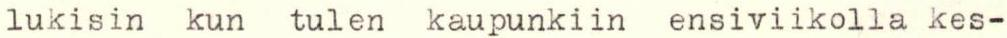
lukisin kun tulen kaupunkiin ensiviikolla kes-